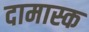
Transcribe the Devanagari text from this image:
दामास्क